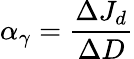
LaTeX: \alpha_{\gamma}=\frac{\Delta J_{d}}{\Delta D}